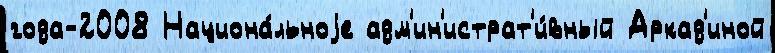
года-2008 Национа́льноjе адм'ин'истрат'и́вный Аркад'иной